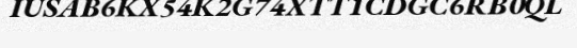
IUSAB6KX54K2G74XTT1CDGC6RB0QL